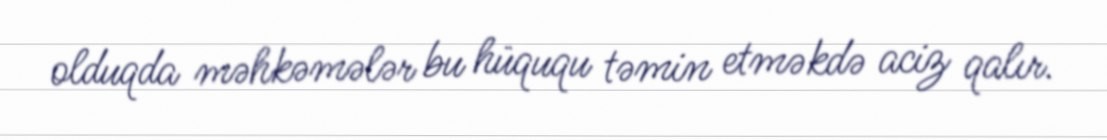
olduqda məhkəmələr bu hüququ təmin etməkdə aciz qalır.